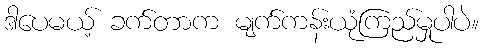
ဒါပေမယ့် ခက်တာက မျက်ကန်းယုံကြည်မှုပါပဲ။